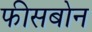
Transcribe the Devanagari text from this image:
फीसबोन